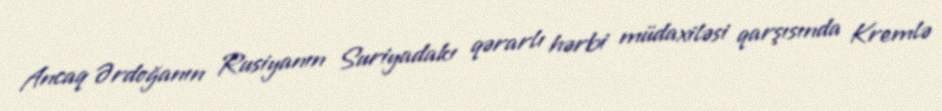
Ancaq Ərdoğanın Rusiyanın Suriyadakı qərarlı hərbi müdaxiləsi qarşısında Kremlə